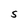
Character: S